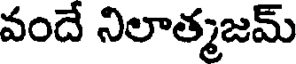
వందే నిలాత్మజమ్